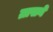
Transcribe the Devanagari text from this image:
ग्रासने